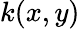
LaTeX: k(x,y)